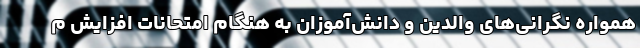
همواره نگرانی‌های والدین و دانش‌آموزان به هنگام امتحانات افزایش م